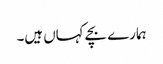
ہمارے بچے کہاں ہیں۔